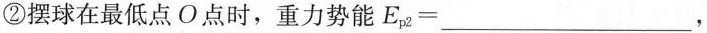
②摆球在最低点O点时，重力势能$$E_{p2}=___$$，